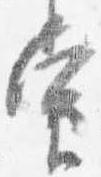
当